Report on vaccination in Madras 1895-1903 - 1895-1903
Year: 1895
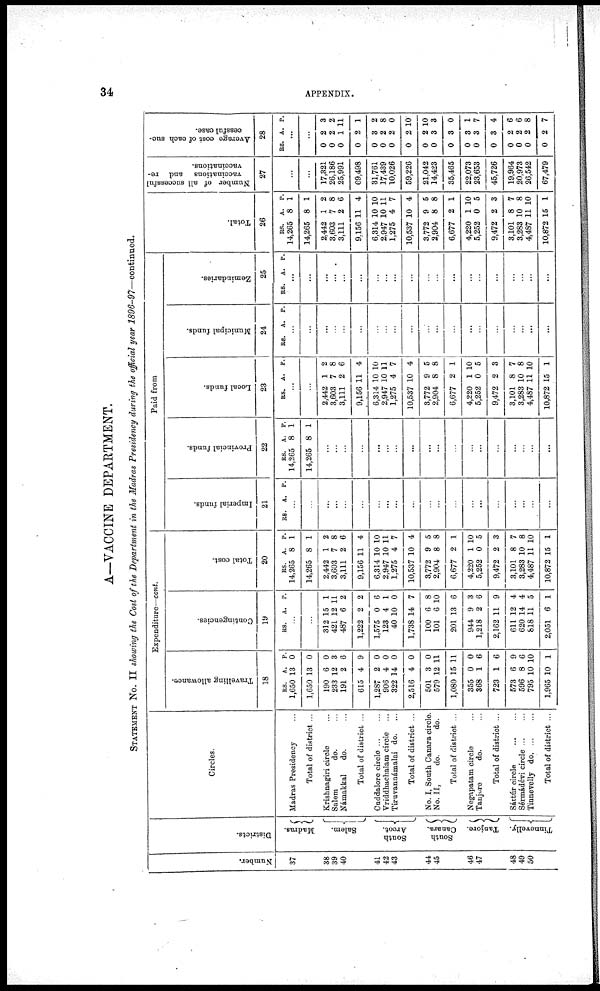
34
APPENDIX.
A—VACCINE DEPARTMENT.
STATEMENT No. II showing the Cost of the Department in the Madras Presidency during the official year 1896-97—continued.
Number.
37
38
39
40
41
42
43
44
45
46
47
48
49
50
Districts.
Madras.
Salem.
South
Arcot.
South
Canara.
Tanjore.
Tinnevelly.
Circles.
Madras Presidency ...
Total of district ...
Krishnagiri circle ...
Salem
do. ...
Námakkal
do. ...
Total of district ...
Cuddalore circle ... ...
Vriddhachalam circle ...
Tiruvannámalai do. ...
Total of district ...
No. I, South Canara circle.
No. II,
do.
do.
Total of district ...
Negapatam circle ...
Tanjore
do. ...
Total of district ...
Sáttúr circle
...
...
Sérmádévi circle ... ...
Tinnevelly d
o
. ... ...
Total of district ...
Expenditure—cont.
Travelling allowance.
18
RS.
1,650
1,650
190
233
191
615
1,287
906
322
2,516
501
579
1,080
355
368
723
573
596
795
1,965
A.
13
13
6
12
2
4
2
4
14
4
3
12
15
0
1
1
6
8
10
10
P.
0
0
0
3
6
9
0
0
0
0
0
11
11
0
6
6
9
6
10
1
Contingencies.
19
RS. A. P.
...
...
312
421
487
1,222
1,575
123
40
1,738
100
101
201
944
1,218
2,162
611
620
818
2,051
15
12
6
2
0
4
10
14
6
6
13
9
2
11
12
14
11
6
1
11
2
2
6
1
0
7
8
10
6
3
6
9
4
4
5
1
Total cost.
20
RS.
14,265
14,265
2,442
3,603
3,111
9,156
6,314
2,947
1,275
10,537
3,772
2,904
6,677
4,220
5,252
9,472
3,101
3,283
4,487
10,872
A.
8
8
1
7
2
11
10
10
4
10
9
8
2
1
0
2
8
10
11
15
P.
1
1
2
8
6
4
10
11
7
4
5
8
1
10
5
3
7
8
10
1
Paid from
Imperial funds.
21
RS. A. P.
...
...
...
...
...
...
...
...
...
...
...
...
...
...
...
...
...
...
...
...
Provincial funds.
22
RS.
14,265
14,265
A.
8
8
P.
1
1
...
...
...
...
...
...
...
...
...
...
...
...
...
...
...
...
...
...
Local funds.
23
RS. A. P.
...
...
2,442
3,603
3,111
9,156
6,314
2,947
1,275
10,537
3,772
2,904
6,677
4,220
5,252
9,472
3,101
3,283
4,487
10,872
1
7
2
11
10
10
4
10
9
8
2
1
0
2
8
10
11
15
2
8
6
4
10
11
7
4
5
8
1
10
5
3
7
8
10
1
Municipal funds.
24
RS. A. P.
...
...
...
...
...
...
...
...
...
...
...
...
...
...
...
...
...
...
...
...
Zemindaries.
25
RS. A. P.
...
...
...
...
...
...
...
...
...
...
...
...
...
...
...
...
...
...
...
...
Total.
26
RS.
14,265
14,265
2,442
3,603
3,111
9,156
6,314
2,947
1,275
10,537
3,772
2,904
6,677
4,220
5,252
9,472
3,101
3,283
4,487
10,872
A.
8
8
1
7
2
11
10
10
4
10
9
8
2
1
0
2
8
10
11
15
P.
1
1
2
8
6
4
10
11
7
4
5
8
1
10
5
3
7
8
10
1
Number of all successful
vaccinations and re-
vaccinations.
27
...
...
17,321
26,186
25,991
69,498
31,761
17,439
10,026
59,226
21,042
14,423
35,465
22,073
23,653
45,726
19,964
20,973
26,542
67,479
Average cost of each suc-
cessful case.
28
RS. A. P.
...
...
0
0
0
0
0
0
0
0
0
0
0
0
0
0
0
0
0
0
2
2
1
2
3
2
2
2
2
3
3
3
3
3
2
2
2
2
3
2
11
1
2
8
0
10
10
3
0
1
7
4
6
6
8
7